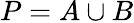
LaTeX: P=A\cup B